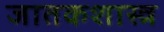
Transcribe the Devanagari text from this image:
जातकशास्त्र